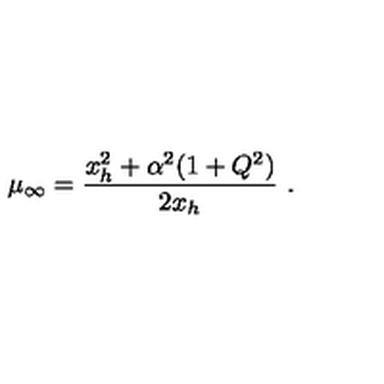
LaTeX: \mu _ { \infty } = { \frac { x _ { h } ^ { 2 } + \alpha ^ { 2 } ( 1 + Q ^ { 2 } ) } { 2 x _ { h } } } \ .